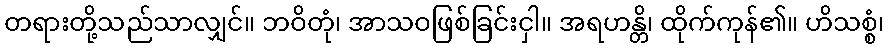
တရားတို့သည်သာလျှင်။ ဘဝိတုံ၊ အာသဝဖြစ်ခြင်းငှါ။ အရဟန္တိ၊ ထိုက်ကုန်၏။ ဟိသစ္စံ၊